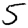
Digit: 5